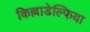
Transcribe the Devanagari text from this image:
किल्लाडेल्फिया